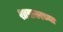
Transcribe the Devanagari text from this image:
शासकाच्या